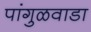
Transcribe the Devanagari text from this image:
पांगुळवाडा